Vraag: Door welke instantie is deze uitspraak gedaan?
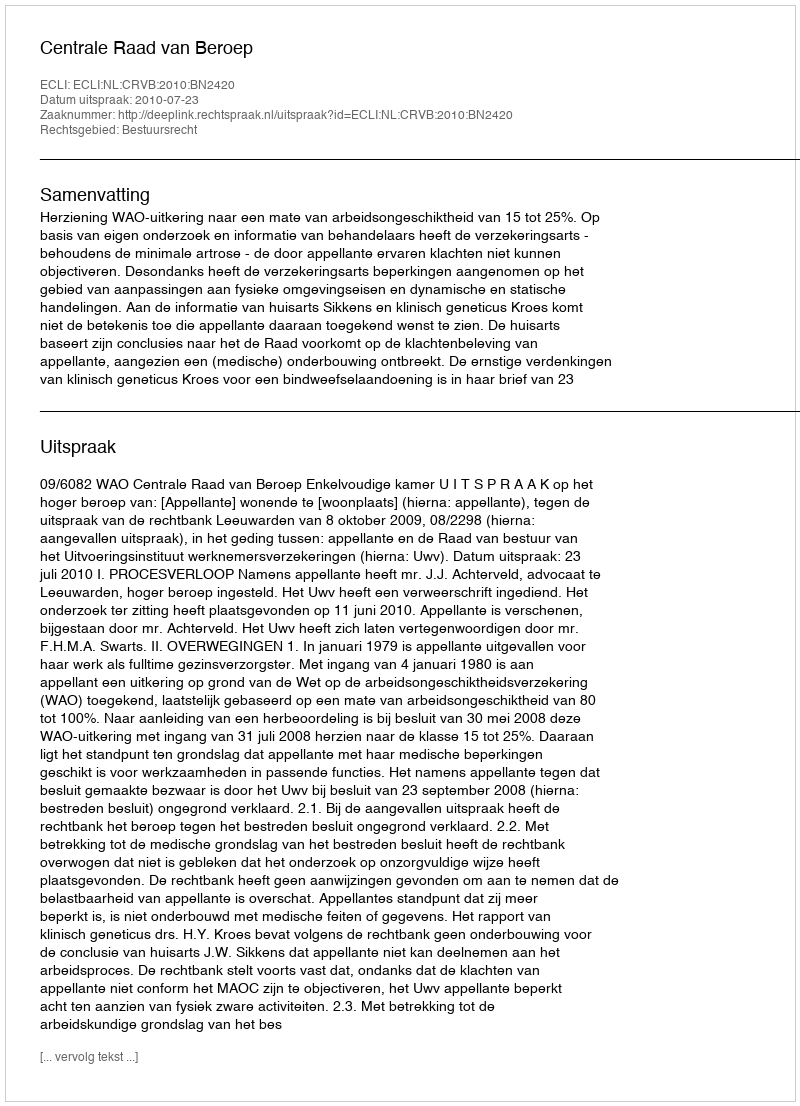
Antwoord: Centrale Raad van Beroep